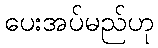
ပေးအပ်မည်ဟု